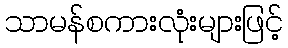
သာမန်စကားလုံးများဖြင့်